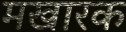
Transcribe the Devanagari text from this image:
मखारक